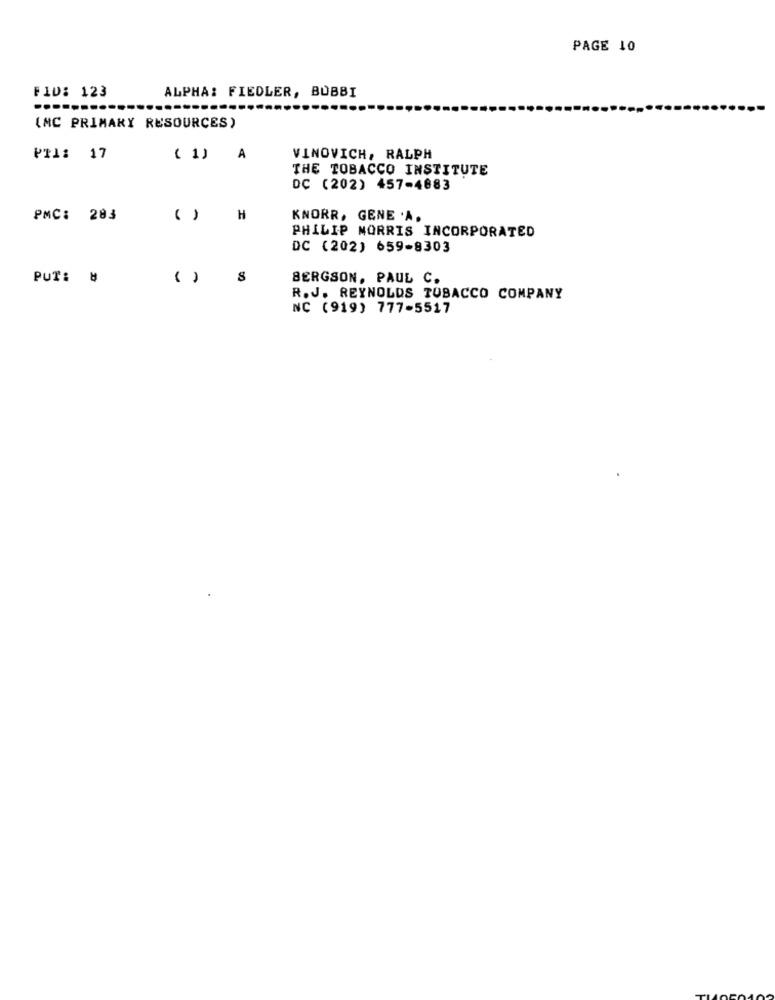
PAGE 10
FID: 123
ALPHA: FIEDLER, BUBBI
(MC PRIMARY RESOURCES)
PRI: 17
( 1)
A
VINOVICH, RALPH
THE TOBACCO INSTITUTE
DC (202) 457-4883
PMC: 283
( )
H
KNORR, GENE .A.
PHILIP MORRIS INCORPORATED
DC (202) 659-8303
PUT: #
( )
BERGSON, PAUL C.
R.J. REYNOLDS TOBACCO COMPANY
NC (919) 777-5517